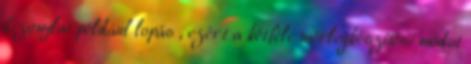
bizonylat például lopás , ezért a kétféle mérlegkészítési módot